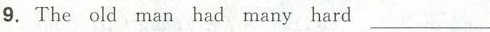
9.The old man had many hard___